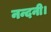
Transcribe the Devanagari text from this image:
नन्दनी।